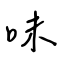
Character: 味